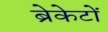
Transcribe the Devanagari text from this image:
ब्रेकेटों